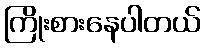
ကြိုးစားနေပါတယ်